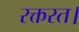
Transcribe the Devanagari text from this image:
रक्तरत।